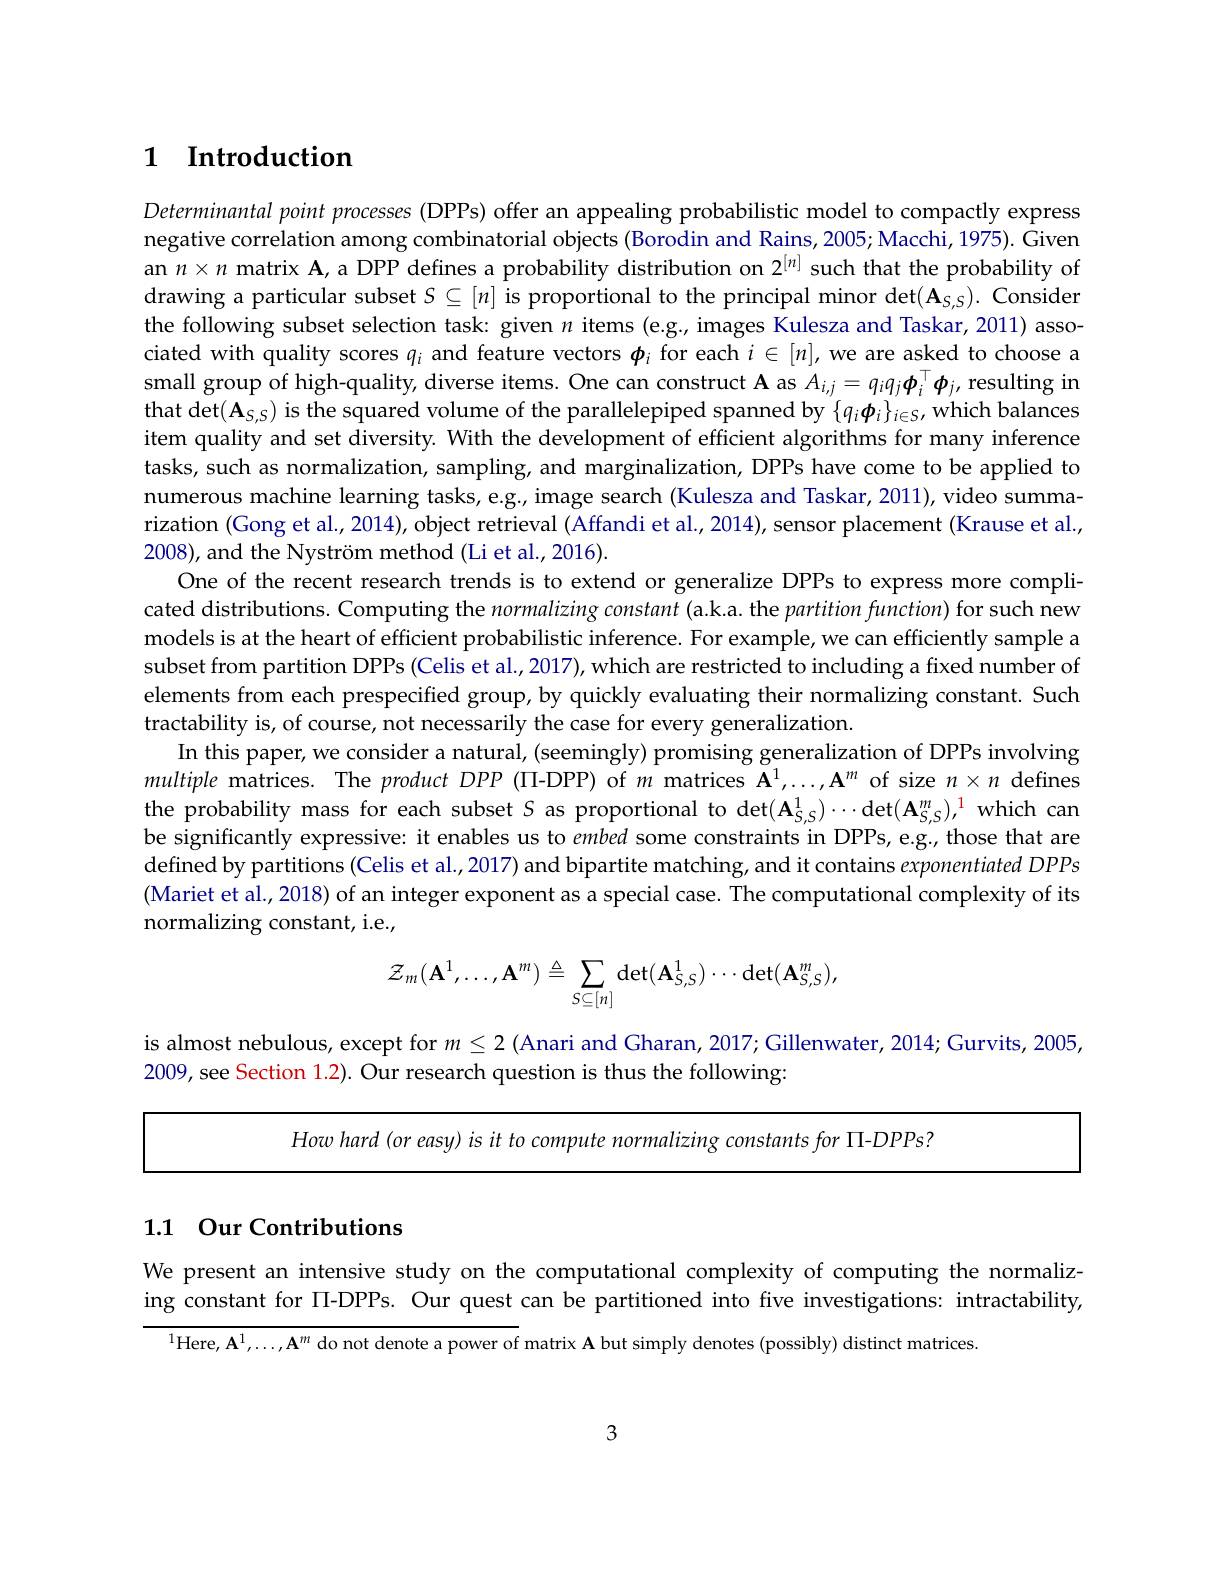
## 1 Introduction

Determinantal point processes (DPPs) offer an appealing probabilistic model to compactly express negative correlation among combinatorial objects (Borodin and Rains,2005; Macchi, 1975). Given an $n\times n$ matrix A, a DPP defines a probability distribution on 2$^{[n]}$ such that the probability of $drawing a particular subset $S\subseteq[n]$ is proportional to the principal minor det(A_{S,S}).$ Consider the following subset selection task: given $n$ items (e.g., images Kulesza and Taskar, 2011) associated with quality scores $q_i$ and feature vectors $\boldsymbol{\phi}_i$ for each $i\in[n]$, we are asked to choose a small group of high-quality, diverse items. One can construct A as $A_i,j=q_iq_j\boldsymbol{\phi}_i^\top\boldsymbol{\phi}_j$, resulting in that det(A_{S,S}) is the squared volume of the parallelepiped spanned by $\{q_i\boldsymbol{\phi}_i\}_{i\in S}$, which balances item quality and set diversity. With the development of efficient algorithms for many inference tasks, such as normalization, sampling, and marginalization, DPPs have come to be applied to numerous machine learning tasks, e.g, image search (Kulesza and Taskar, 2011), video summarization (Gong et al., 2014), object retrieval (Affandi et al., 2014), sensor placement (Krause et al., 2008), and the Nyström method (Li et al., 2016).
One of the recent research trends is to extend or generalize DPPs to express more complicated distributions. Computing the normalizing constant (a.k.a. the partition function) for such new models is at the heart of efficient probabilistic inference. For example, we can efficiently sample a subset from partition DPPs (Celis et al., 2017), which are restricted to including a fixed number of elements from each prespecified group, by quickly evaluating their normalizing constant. Such tractability is, of course, not necessarily the case for every generalization.
In this paper, we consider a natural, (seemingly) promising generalization of DPPs involving multiple matrices. The product DPP (П-DPP) of $m$ matrices $\mathbf{A}^1,\ldots,\mathbf{A}^m$ of size $n\times n$ defines the probability mass for each subset $S$ as proportional to $\det(\mathbf{A}_{S,S}^1)\cdots\det(\mathbf{A}_{S,S}^m),^1$ which can be significantly expressive: it enables us to embed some constraints in DPPs, e.g., those that are defined by partitions (Celis et al., 2017) and bipartite matching, and it contains exponentiated DPPs (Mariet et al., 2018) of an integer exponent as a special case. The computational complexity of its normalizing constant, i.e.,
$$\mathcal{Z}_m(\mathbf{A}^1,\ldots,\mathbf{A}^m)\triangleq\sum_{S\subseteq[n]}\det(\mathbf{A}_{S,S}^1)\cdots\det(\mathbf{A}_{S,S}^m),$$
is almost nebulous, except for $m\leq2$ (Anari and Gharan, 2017; Gillenwater, 2014; Gurvits, 2005,
2009, see Section 1.2). Our research question is thus the following:

<table>
	<tbody>
		<tr>
			<td> </td>
			<td>How hard (or easw) is it to commute normalizino $r~comstants~for~\Pi-DPPs?$</td>
		</tr>
	</tbody>
</table>

## 1.1 Our Contributions

We present an intensive study on the computational complexity of computing the normalizing constant for П-DPPs. Our quest can be partitioned into five investigations: intractability,

$^{1}$Here$,\mathbf{A}^{1},\ldots,\mathbf{A}^{m}$ do not denote a power of matrix A but simply denotes (possibly) distinct matrices.

3